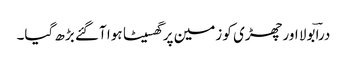
دراؔ بولا اور چھڑی کو زمین پر گھسیٹا ہوا آگئے بڑھ گیا۔